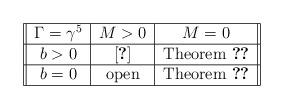
LaTeX: \begin{align*}\begin{tabular}{||c|c|c||}\hline$\Gamma = \gamma^5$ & $M>0$ & $M=0$ \\\hline$b>0$ & \cite{chohoz} & Theorem \ref{gwp-hartree1} \\\hline$b =0$ & open & Theorem \ref{gwp-hartree1} \\\hline\end{tabular}\end{align*}